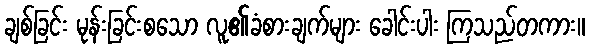
ချစ်ခြင်း မုန်းခြင်းစသော လူ၏ခံစားချက်များ ခေါင်းပါး ကြသည်တကား။